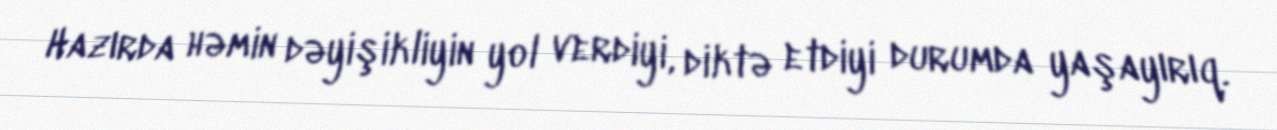
Hazırda həmin dəyişikliyin yol verdiyi, diktə etdiyi durumda yaşayırıq.